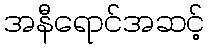
အနီရောင်အဆင့်